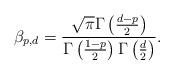
LaTeX: \begin{align*}\beta_{p,d} = \frac{\sqrt{\pi}\Gamma\left(\frac{d-p}{2}\right)}{\Gamma\left(\frac{1-p}{2}\right)\Gamma\left(\frac{d}{2}\right)}.\end{align*}